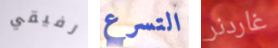
رفيقي التسرع غاردنر